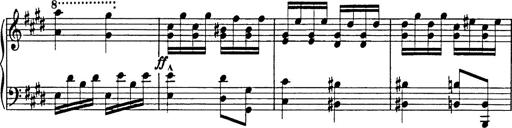
Title: 8 Variations
Composer: Franz Liszt
Key: A-flat major